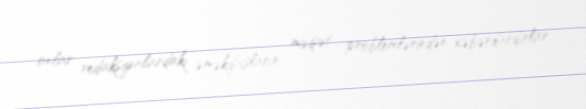
onlar redaksiyalardakı əməkdaşların məişət problemlərindən xəbərdardırlar.